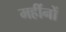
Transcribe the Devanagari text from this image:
महींनों